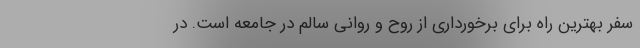
سفر بهترین راه برای برخورداری از روح و روانی سالم در جامعه است. در